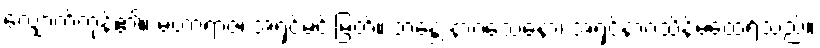
လျှောက်ကုန်၏။ မဟာရာဇ၊ အရှင်မင်းမြတ်။ ဘန္တေ နာဂသေနော၊ အရှင်နာဂသိန်မထေရ်သည်။